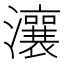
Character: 瀼